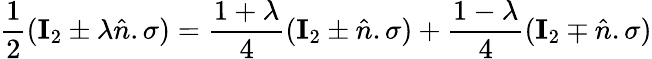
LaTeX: \frac{1}{2}(\mathbf{I}_{2}\pm\lambda\hat{n}.\sigma)=\frac{1+\lambda}{4}(\mathbf{I}_{2}\pm\hat{n}.\sigma)+\frac{1-\lambda}{4}(\mathbf{I}_{2}\mp\hat{n}.\sigma)